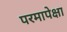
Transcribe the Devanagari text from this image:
परमापेक्षा